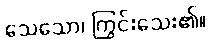
သေသော၊ ကြွင်းသေး၏။